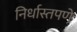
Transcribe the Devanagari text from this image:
निर्धास्तपणे